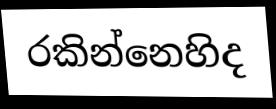
රකින්නෙහිද